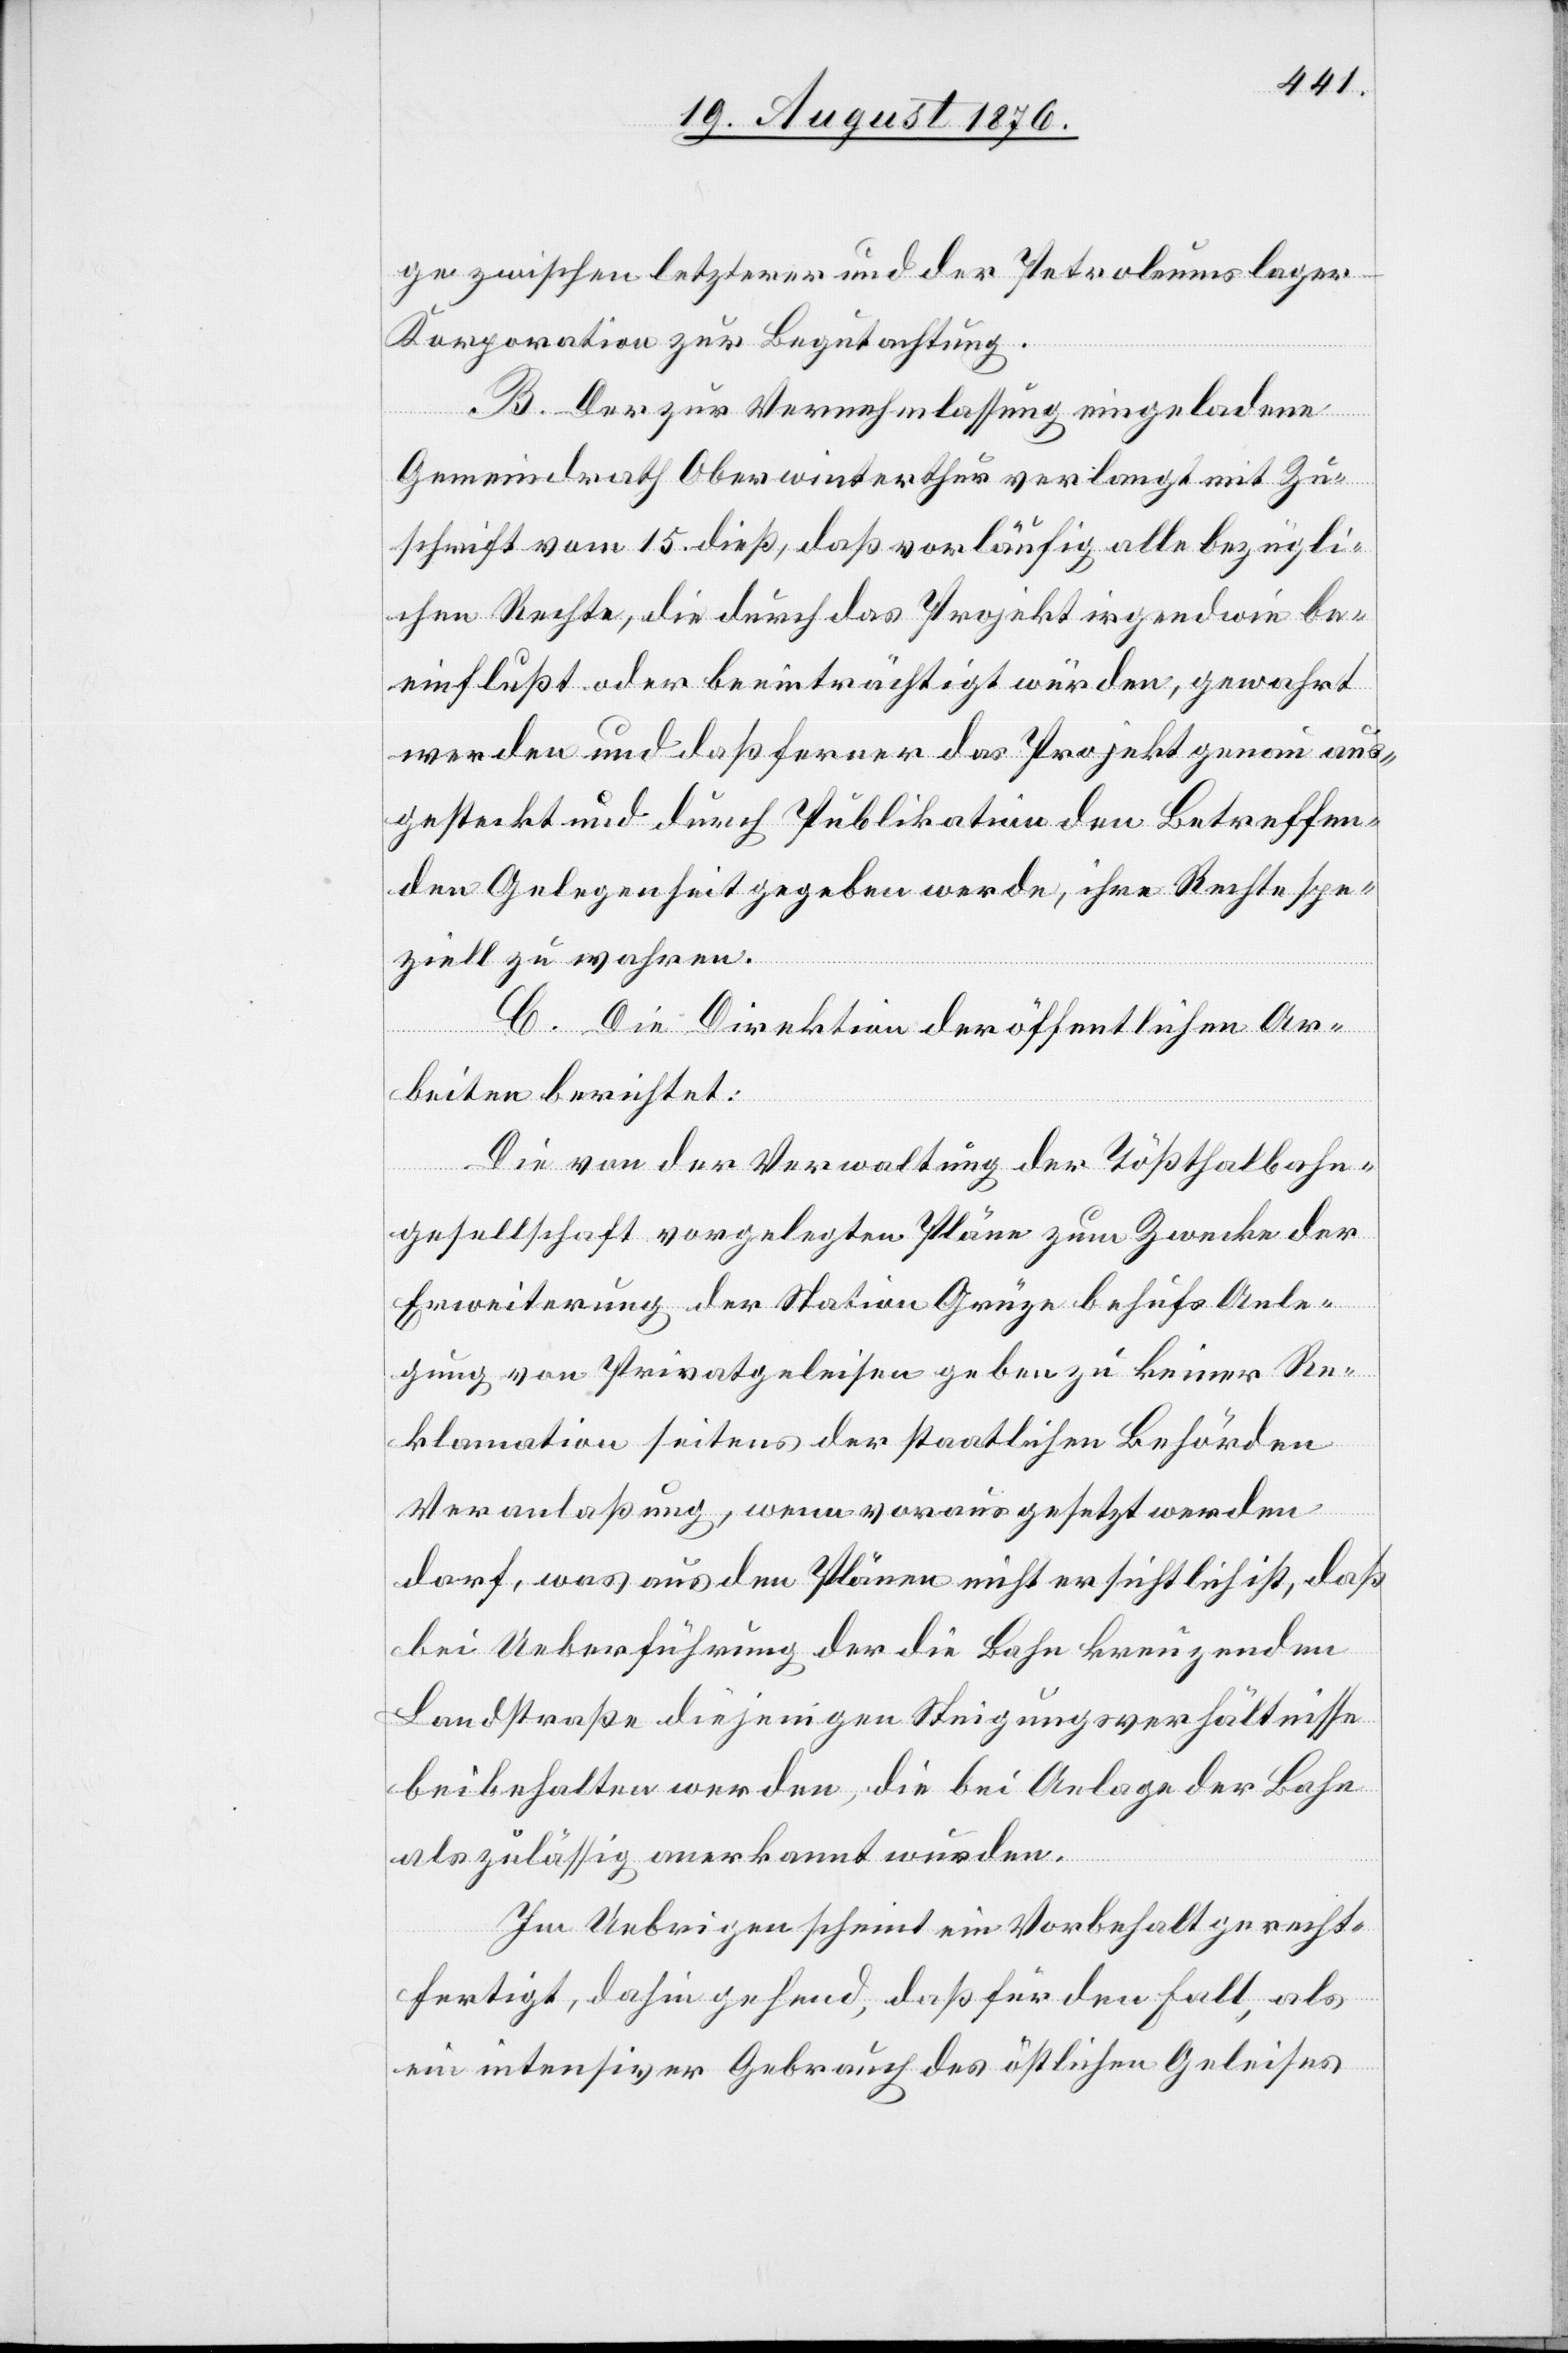
ge zwischen letzterer und der Petroleumslager-K¬
orporation zur Begutachtung.
B. Der zur Vernehmlassung eingeladene
Gemeindrath Oberwinterthur verlangt mit Zu¬
schrift vom 15. dieß, daß vorläufig alle bezügli¬
chen Rechte, die durch das Projekt irgendwie be¬
einflußt oder beeinträchtigt würden, gewahrt
werden und daß ferner das Projekt genau aus¬
gesteckt und durch Publikation den Betreffen¬
den Gelegenheit gegeben werde, ihre Rechte spe¬
ziell zu wahren.
C. Die Direktion der öffentlichen Ar¬
beiten berichtet:
Die von der Verwaltung der Tößthalbahn¬
gesellschaft vorgelegten Pläne zum Zwecke der
Erweiterung der Station Grüze behufs Anle¬
gung von Privatgeleisen geben zu keiner Re¬
klamation seitens der staatlichen Behörden
Veranlaßung, wenn vorausgesetzt werden
darf, was aus den Plänen nicht ersichtlich ist, daß
bei Ueberführung der die Bahn kreuzenden
Landstraße diejenigen Steigungsverhältnisse
beibehalten werden, die bei Anlage der Bahn
als zulässig anerkannt wurden.
Im Uebrigen scheint ein Vorbehalt gerecht¬
fertigt, dahin gehend, daß für den Fall, als
ein intensiver Gebrauch des östlichen Geleises